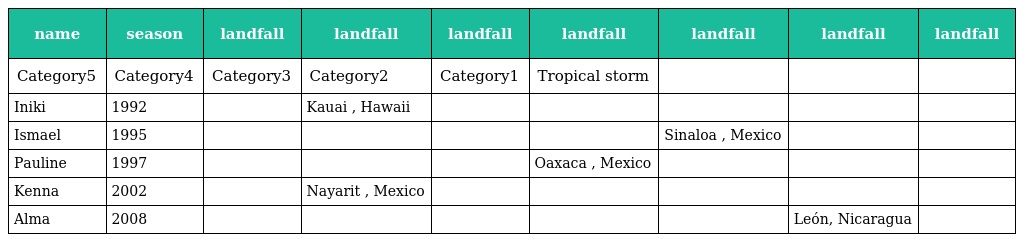
| name | season | landfall | landfall | landfall | landfall | landfall | landfall | landfall |
 | --- | --- | --- | --- | --- | --- | --- | --- | --- |
 | Category5 | Category4 | Category3 | Category2 | Category1 | Tropical storm |  |  |  |
 | Iniki | 1992 |  | Kauai , Hawaii |  |  |  |  |  |
 | Ismael | 1995 |  |  |  |  | Sinaloa , Mexico |  |  |
 | Pauline | 1997 |  |  |  | Oaxaca , Mexico |  |  |  |
 | Kenna | 2002 |  | Nayarit , Mexico |  |  |  |  |  |
 | Alma | 2008 |  |  |  |  |  | León, Nicaragua |  |